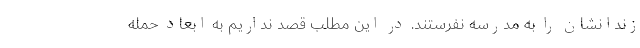
زندانشان را به مدرسه نفرستند. در این مطلب قصد نداریم به ابعاد حمله